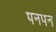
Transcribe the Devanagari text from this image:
पनपन